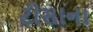
ટીસાના